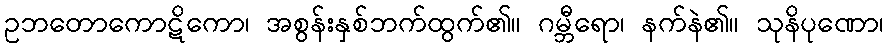
ဥဘတောကောဋိကော၊ အစွန်းနှစ်ဘက်ထွက်၏။ ဂမ္ဘီရော၊ နက်နဲ၏။ သုနိပုဏော၊